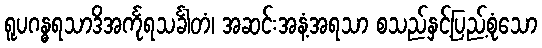
ရူပဂန္ဓရသာဒိအင်္ကုရသင်္ခါတံ၊ အဆင်းအနံ့အရသာ စသည်နှင့်ပြည့်စုံသော